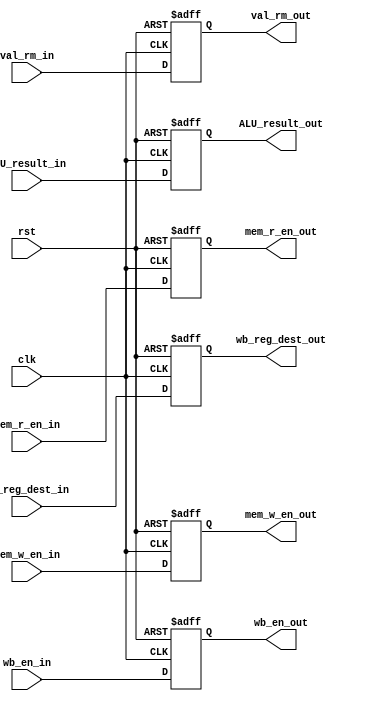
module EXE_stage_reg(
    input               clk,
    input               rst,
    input               wb_en_in,
    input               mem_r_en_in,
    input               mem_w_en_in,
    input       [31:0]  ALU_result_in,
    input       [3:0]   wb_reg_dest_in,
    input       [31:0]  val_rm_in,

    output reg          wb_en_out,
    output reg          mem_r_en_out,
    output reg          mem_w_en_out,
    output reg  [31:0]  ALU_result_out,
    output reg  [3:0]   wb_reg_dest_out,
    output reg  [31:0]  val_rm_out
);
    always @(posedge clk, posedge rst) begin
        if (rst) begin
            wb_en_out                       <= 0;        
            mem_r_en_out                    <= 0;            
            mem_w_en_out                    <= 0;            
            ALU_result_out                  <= 0;            
            wb_reg_dest_out                 <= 0;            
            val_rm_out                      <= 0;        
        end
        else begin
            wb_en_out                       <= wb_en_in;        
            mem_r_en_out                    <= mem_r_en_in;            
            mem_w_en_out                    <= mem_w_en_in;            
            ALU_result_out                  <= ALU_result_in;            
            wb_reg_dest_out                 <= wb_reg_dest_in;            
            val_rm_out                      <= val_rm_in;   
        end
    end

endmodule